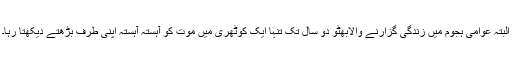
البتہ عوامی ہجوم میں زندگی گزارنے والابھٹو دو سال تک تنہا ایک کوٹھری میں موت کو آہستہ آہستہ اپنی طرف بڑھتے دیکھتا رہا۔